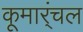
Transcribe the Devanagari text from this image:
कूमार्ंचल